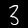
Digit: 3